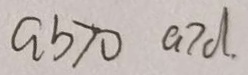
a b > 0 a > d .